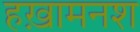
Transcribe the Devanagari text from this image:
हख़ामनश